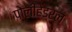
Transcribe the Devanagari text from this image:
पोलीहेड्रल